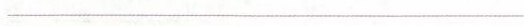
__________________